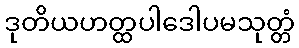
ဒုတိယဟတ္ထပါဒေါပမသုတ္တံ